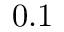
0 . 1